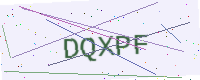
Text: DQXPF